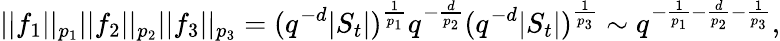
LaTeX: ||f_{1}||_{p_{1}}||f_{2}||_{p_{2}}||f_{3}||_{p_{3}}=(q^{-d}|S_{t}|)^{\frac{1}{p_{1}}}q^{-\frac{d}{p_{2}}}(q^{-d}|S_{t}|)^{\frac{1}{p_{3}}}\sim q^{-\frac{1}{p_{1}}-\frac{d}{p_{2}}-\frac{1}{p_{3}}},